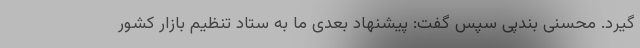
گیرد. محسنی بندپی سپس گفت: پیشنهاد بعدی ما به ستاد تنظیم بازار کشور